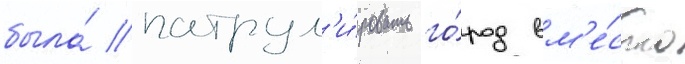
была́ патрул'и́ровать го́род вм'е́сто